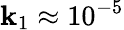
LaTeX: \mathbf{k}_{1}\approx10^{-5}